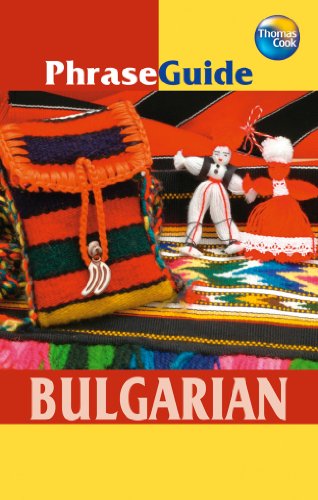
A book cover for PhraseGuide Bulgarian (Thomas Cook Phraseguides); Polia Mihaylova; Travel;